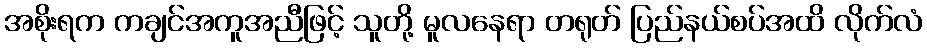
အစိုးရက ကချင်အကူအညီဖြင့် သူတို့ မူလနေရာ တရုတ် ပြည်နယ်စပ်အထိ လိုက်လံ